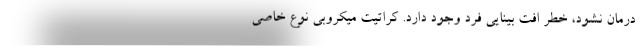
درمان نشود، خطر افت بینایی فرد وجود دارد. کراتیت میکروبی نوع خاصی